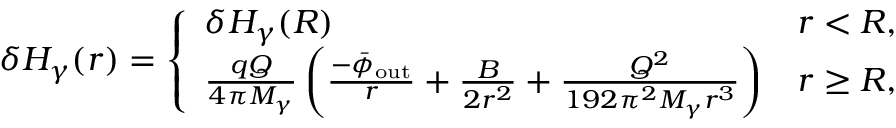
\delta H _ { \gamma } ( r ) = \left\{ \begin{array} { l l } { \delta H _ { \gamma } ( R ) } & { r < R , } \\ { \frac { q Q } { 4 \pi M _ { \gamma } } \left( \frac { - \bar { \phi } _ { \mathrm { o u t } } } { r } + \frac { B } { 2 r ^ { 2 } } + \frac { Q ^ { 2 } } { 1 9 2 \pi ^ { 2 } M _ { \gamma } r ^ { 3 } } \right) } & { r \geq R , } \end{array} \right.